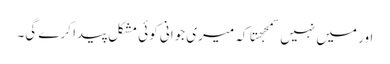
اور میں نہیں سمجهتا کہ میری جوانی کوئی مشکل پیدا کرے گی۔